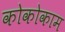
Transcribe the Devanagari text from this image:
कोकोकाम